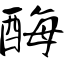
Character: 酶